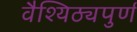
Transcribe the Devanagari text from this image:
वैश्यिठ्यपुर्ण